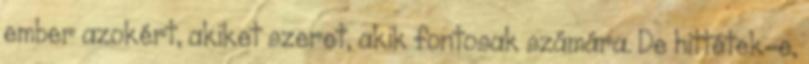
ember azokért, akiket szeret, akik fontosak számára. De hittétek-e,